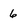
Character: 6